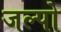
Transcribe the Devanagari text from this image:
जल्पो